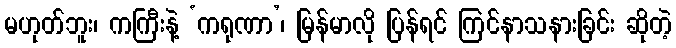
မဟုတ်ဘူး၊ ကကြီးနဲ့ ‘ကရုဏာ’၊ မြန်မာလို ပြန်ရင် ကြင်နာသနားခြင်း ဆိုတဲ့